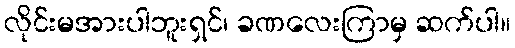
လိုင်းမအားပါဘူးရှင်၊ ခဏလေးကြာမှ ဆက်ပါ။